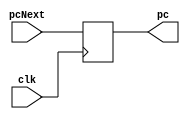

module PC(
    input wire clk,
    input [15:0] pcNext,
    output [15:0] pc
);

reg[15:0] count_reg;

initial
begin
    count_reg=0;
end

always @(posedge clk)
begin
    count_reg <= pcNext;
end
assign pc = count_reg;

endmodule
//Banco de registros
//Con a1 defino el operando 1
//imm[11:0]|rs1|funct3|rd(registro destino)|opcode
//funct7|rs2|rs1|funct3|rd|opcode
//rs2 es a2, rs1 es a1, rd es a3
//A la alu le tengo que agregar una senial
//de control que me permita ver que operacion
//realiza. Entre estas tiene que estar set less than
//suma, resta por complemento a 2, and y or
////////
//Voy a construir un procesador monociclo, es 
//directamente un circuito combinacional
//en las diapositivas para hacer el datapath
//deja las memorias por un lado y la parte logica 
//por otro